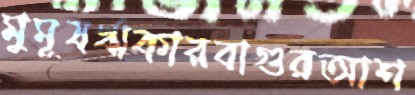
মুমূষর্ঋকারবাগুরআশ